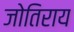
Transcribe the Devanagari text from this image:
जोतिराय